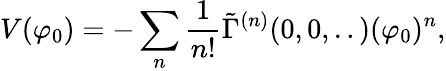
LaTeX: V(\varphi_{0})=-\sum_{n}\frac{1}{n!}\tilde{\Gamma}^{(n)}(0,0,..)(\varphi_{0})^{n},